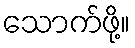
သောက်ဖို့။